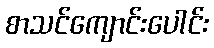
စာသင်ကျောင်းပေါင်း